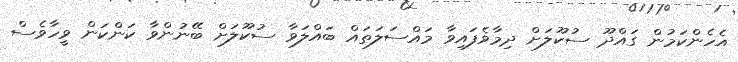
އެހެންކަމުން ގައްދޫ ސުކޫލަށް ދިމާވެފައިވާ މައްސަލަތައް ބައްލަވާ ސުކޫލަށް ބޭނުންވާ ކަންކަން ވީހާވެސް